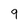
Character: 9